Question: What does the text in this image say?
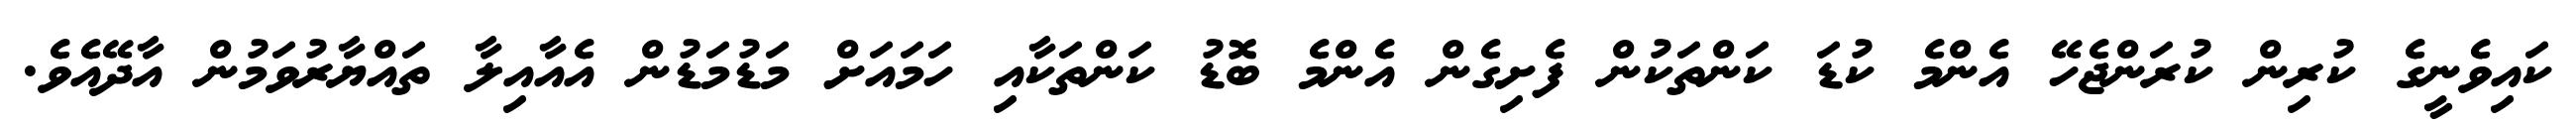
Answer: ކައިވެނީގެ ކުރިން ކުރަންޖެހޭ އެންމެ ކުޑަ ކަންތަކުން ފެށިގެން އެންމެ ބޮޑު ކަންތަކާއި ހަމައަށް މަޑުމަޑުން އެއާއިލާ ތައްޔާރުވަމުން އާދޭއެވެ.